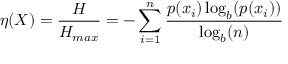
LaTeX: \eta ( X ) = { \frac { H } { H _ { m a x } } } = - \sum _ { i = 1 } ^ { n } { \frac { p ( x _ { i } ) \log _ { b } ( p ( x _ { i } ) ) } { \log _ { b } ( n ) } }